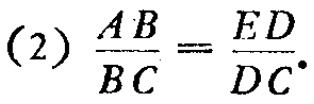
(2) \(\frac{AB}{BC}=\frac{ED}{DC}\)